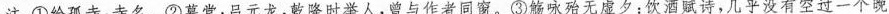
注：①给孤寺：寺名。②慕堂：吕元龙，乾隆时举人，曾与作者同窗。③觞咏殆无虚夕：饮酒赋诗，几乎没有空过一个晚